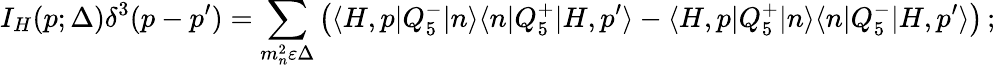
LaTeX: I_{H}(p;\Delta)\delta^{3}(p-p^{\prime})=\sum_{m_{n}^{2}\varepsilon\Delta}\left(\langle H,p|Q_{5}^{-}|n\rangle\langle n|Q_{5}^{+}|H,p^{\prime}\rangle-\langle H,p|Q_{5}^{+}|n\rangle\langle n|Q_{5}^{-}|H,p^{\prime}\rangle\right)\, ;